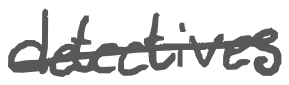
Text: detectives
Cross-out: single-line
Writing tool: digital_gray